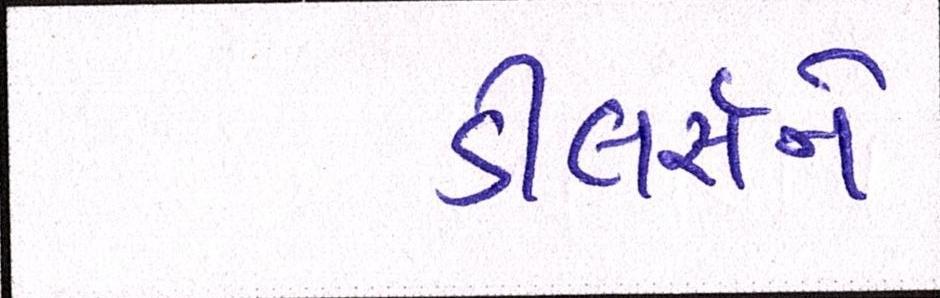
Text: ડીલર્સને